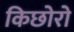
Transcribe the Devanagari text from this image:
किछोरो